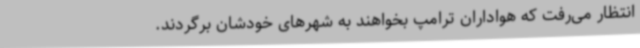
انتظار می‌رفت که هواداران ترامپ بخواهند به شهرهای خودشان برگردند.